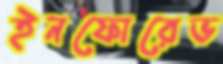
ইনফোরেভ